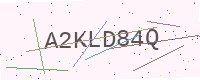
Text: A2KLD84Q